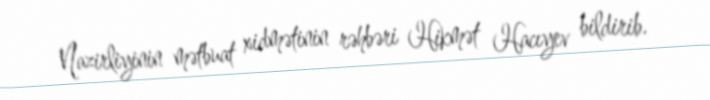
Nazirliyinin mətbuat xidmətinin rəhbəri Hikmət Hacıyev bildirib.